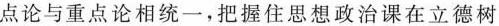
点论与重点论相统一，把握住思想政治课在立德树